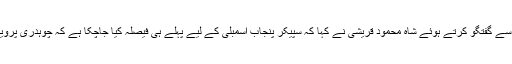
بنی گالہ کے باہر میڈیا سے گفتگو کرتے ہوئے شاہ محمود قریشی نے کہا کہ سپیکر پنجاب اسمبلی کے لیے پہلے ہی فیصلہ کیا جاچکا ہے کہ چوہدری پرویز الہٰی امیدوار ہوں گے۔